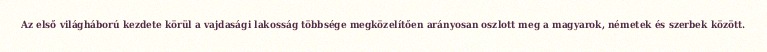
Az első világháború kezdete körül a vajdasági lakosság többsége megközelítően arányosan oszlott meg a magyarok, németek és szerbek között.